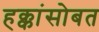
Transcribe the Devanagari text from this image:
हक्कांसोबत